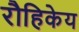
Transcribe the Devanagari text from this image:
रौहिकेय